Annual administration report of the Civil Veterinary Department of India - 1897-1898
Year: 1897
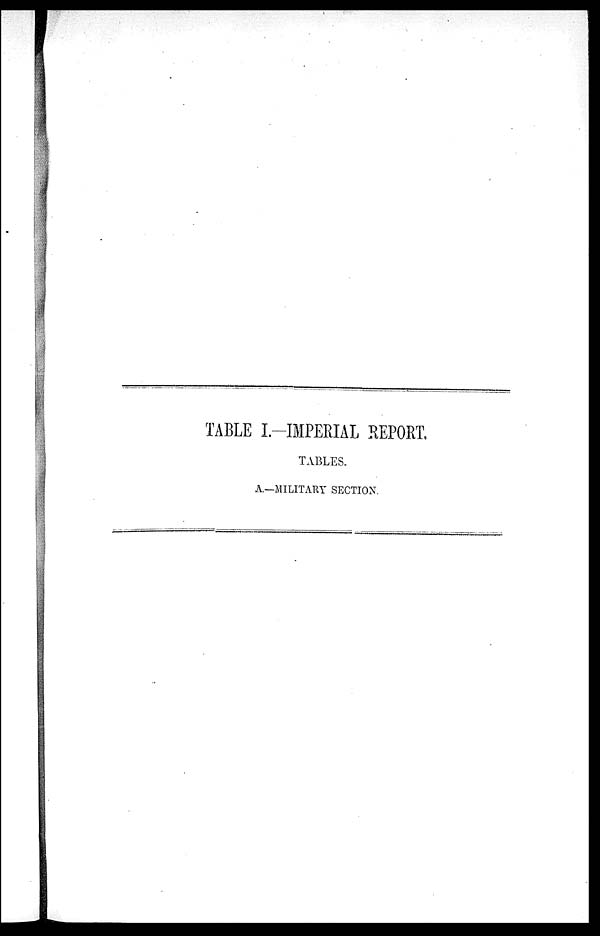
TABLE I.—IMPERIAL REPORT.
TABLES.
A.—MILITARY SECTION.